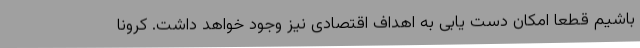
باشیم قطعا امکان دست یابی به اهداف اقتصادی نیز وجود خواهد داشت. کرونا